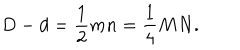
LaTeX: { D - d = { \frac { 1 } { 2 } } m n = { \frac { 1 } { 4 } } M N . }